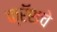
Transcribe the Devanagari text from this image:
क्रॅशचे